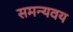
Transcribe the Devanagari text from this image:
समन्यवय